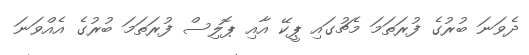
ދެވަނަ ބުރުގެ ފުރަތަމަ މެޗުގައި ޕީކޭ އާއި ޕޮލިސް ފުރަތަމަ ބުރުގެ އެއްވަނަ